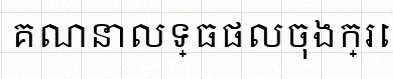
គណនាលទ្ធផលចុងក្រោយ